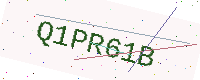
Text: Q1PR61B